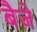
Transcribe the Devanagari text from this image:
बैजे